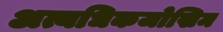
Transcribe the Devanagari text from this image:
अत्यधिकजोखिम